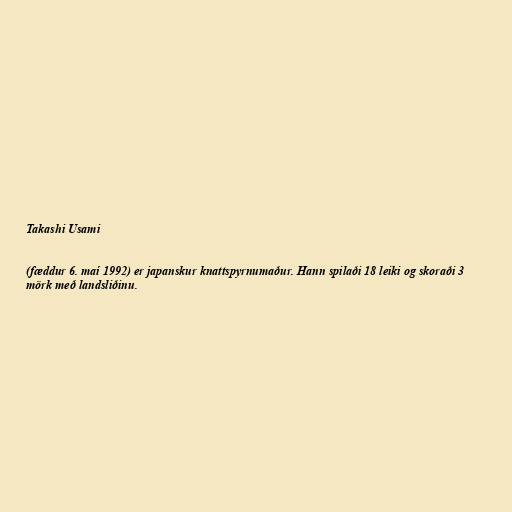
Takashi Usami

(fæddur 6. maí 1992) er japanskur knattspyrnumaður. Hann spilaði 18 leiki og skoraði 3
mörk með landsliðinu.